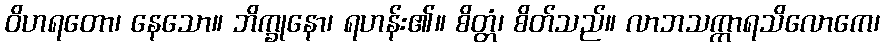
ဝိဟရတော၊ နေသော။ ဘိက္ခုနော၊ ရဟန်း၏။ စိတ္တံ၊ စိတ်သည်။ လာဘသက္ကာရသိလောကေ၊